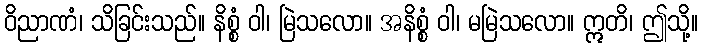
ဝိညာဏံ၊ သိခြင်းသည်။ နိစ္စံ ဝါ၊ မြဲသလော။ အနိစ္စံ ဝါ၊ မမြဲသလော။ ဣတိ၊ ဤသို့။